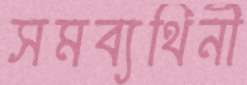
সমব্যথিনী